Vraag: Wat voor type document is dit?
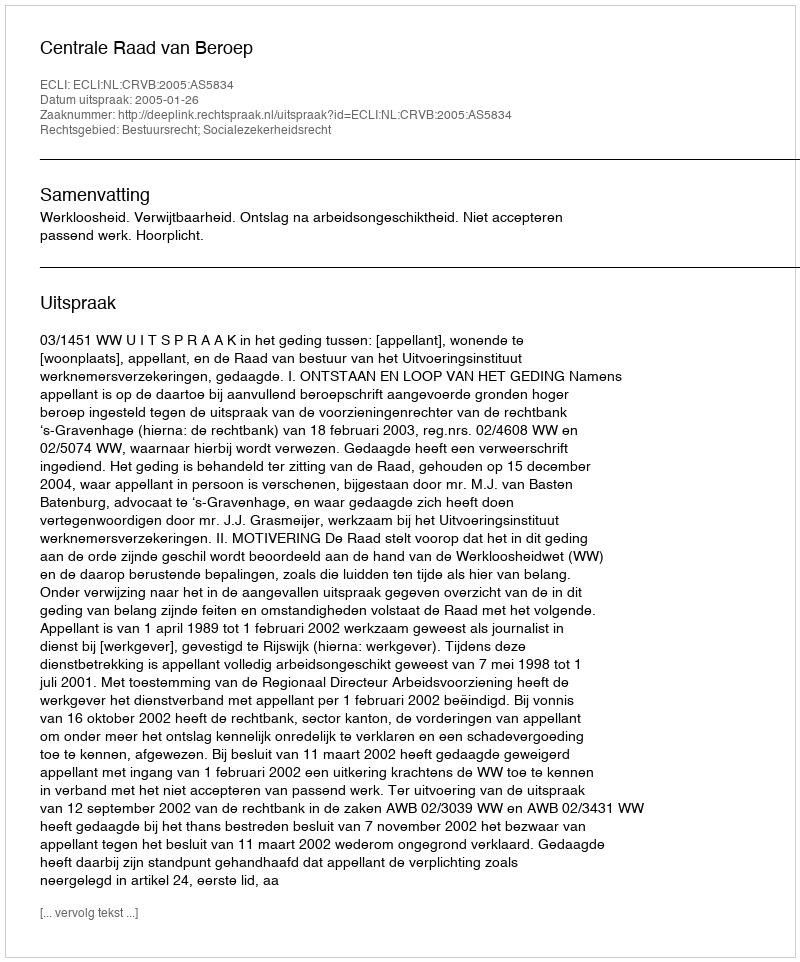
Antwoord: Uitspraak